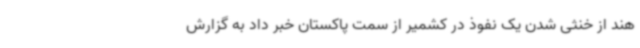
هند از خنثی شدن یک نفوذ در کشمیر از سمت پاکستان خبر داد به گزارش